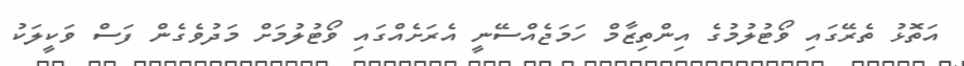
އަތޮޅު ތެރޭގައި ވޯޓުލުމުގެ އިންތިޒާމް ހަމަޖެއްސޭނީ އެރަށެއްގައި ވޯޓުލުމަށް މަދުވެގެން ފަސް ވަކީލަކު